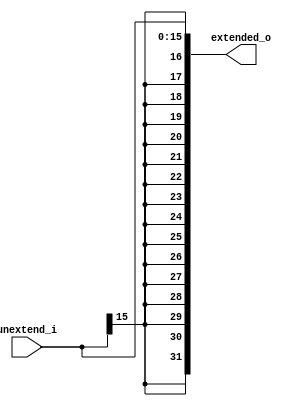
module sign_ext
    #(
        parameter NB_EXTEND = 32,
        parameter NB_UNEXTEND = 16
    )
    (
        input wire [NB_UNEXTEND-1:0] unextend_i,
        output wire [NB_EXTEND-1:0] extended_o
    );

    assign extended_o = {{16{unextend_i[15]}}, unextend_i};

    
endmodule